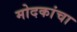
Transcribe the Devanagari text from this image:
मोदकांचा